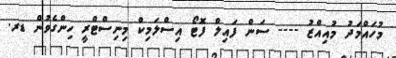
މުހައްމަދު މުއިއްޒު ---- ސަން ފައިލް ފޮޓޯ އިސްލަމިކް މިނިސްޓްރީ ހިންގެވުން ޑރ.